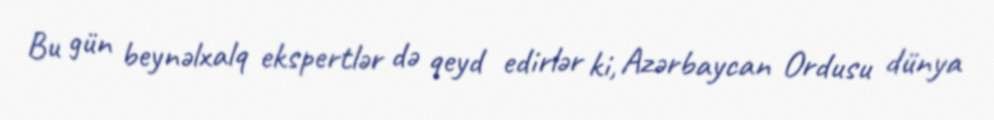
Bu gün beynəlxalq ekspertlər də qeyd edirlər ki, Azərbaycan Ordusu dünya